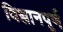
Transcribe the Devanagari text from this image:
विज्ञानपूर्ण